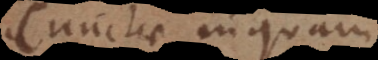
Cunctae inquam